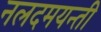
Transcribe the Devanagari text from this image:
नलदमयन्ती